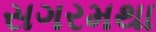
સગરમથા